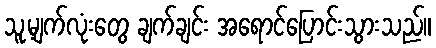
သူ့မျက်လုံးတွေ ချက်ချင်း အရောင်ပြောင်းသွားသည်။